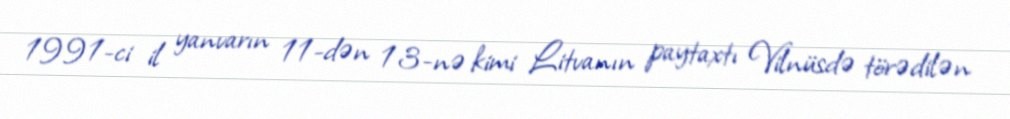
1991-ci il yanvarın 11-dən 13-nə kimi Litvanın paytaxtı Vilnüsdə törədilən